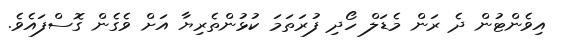
އިވެންޓުން ދެ ރަން މެޑަލް ހޯދި ފުރަތަމަ ކުޅުންތެރިޔާ އަށް ވެގެން ގޮސްފައެވެ.